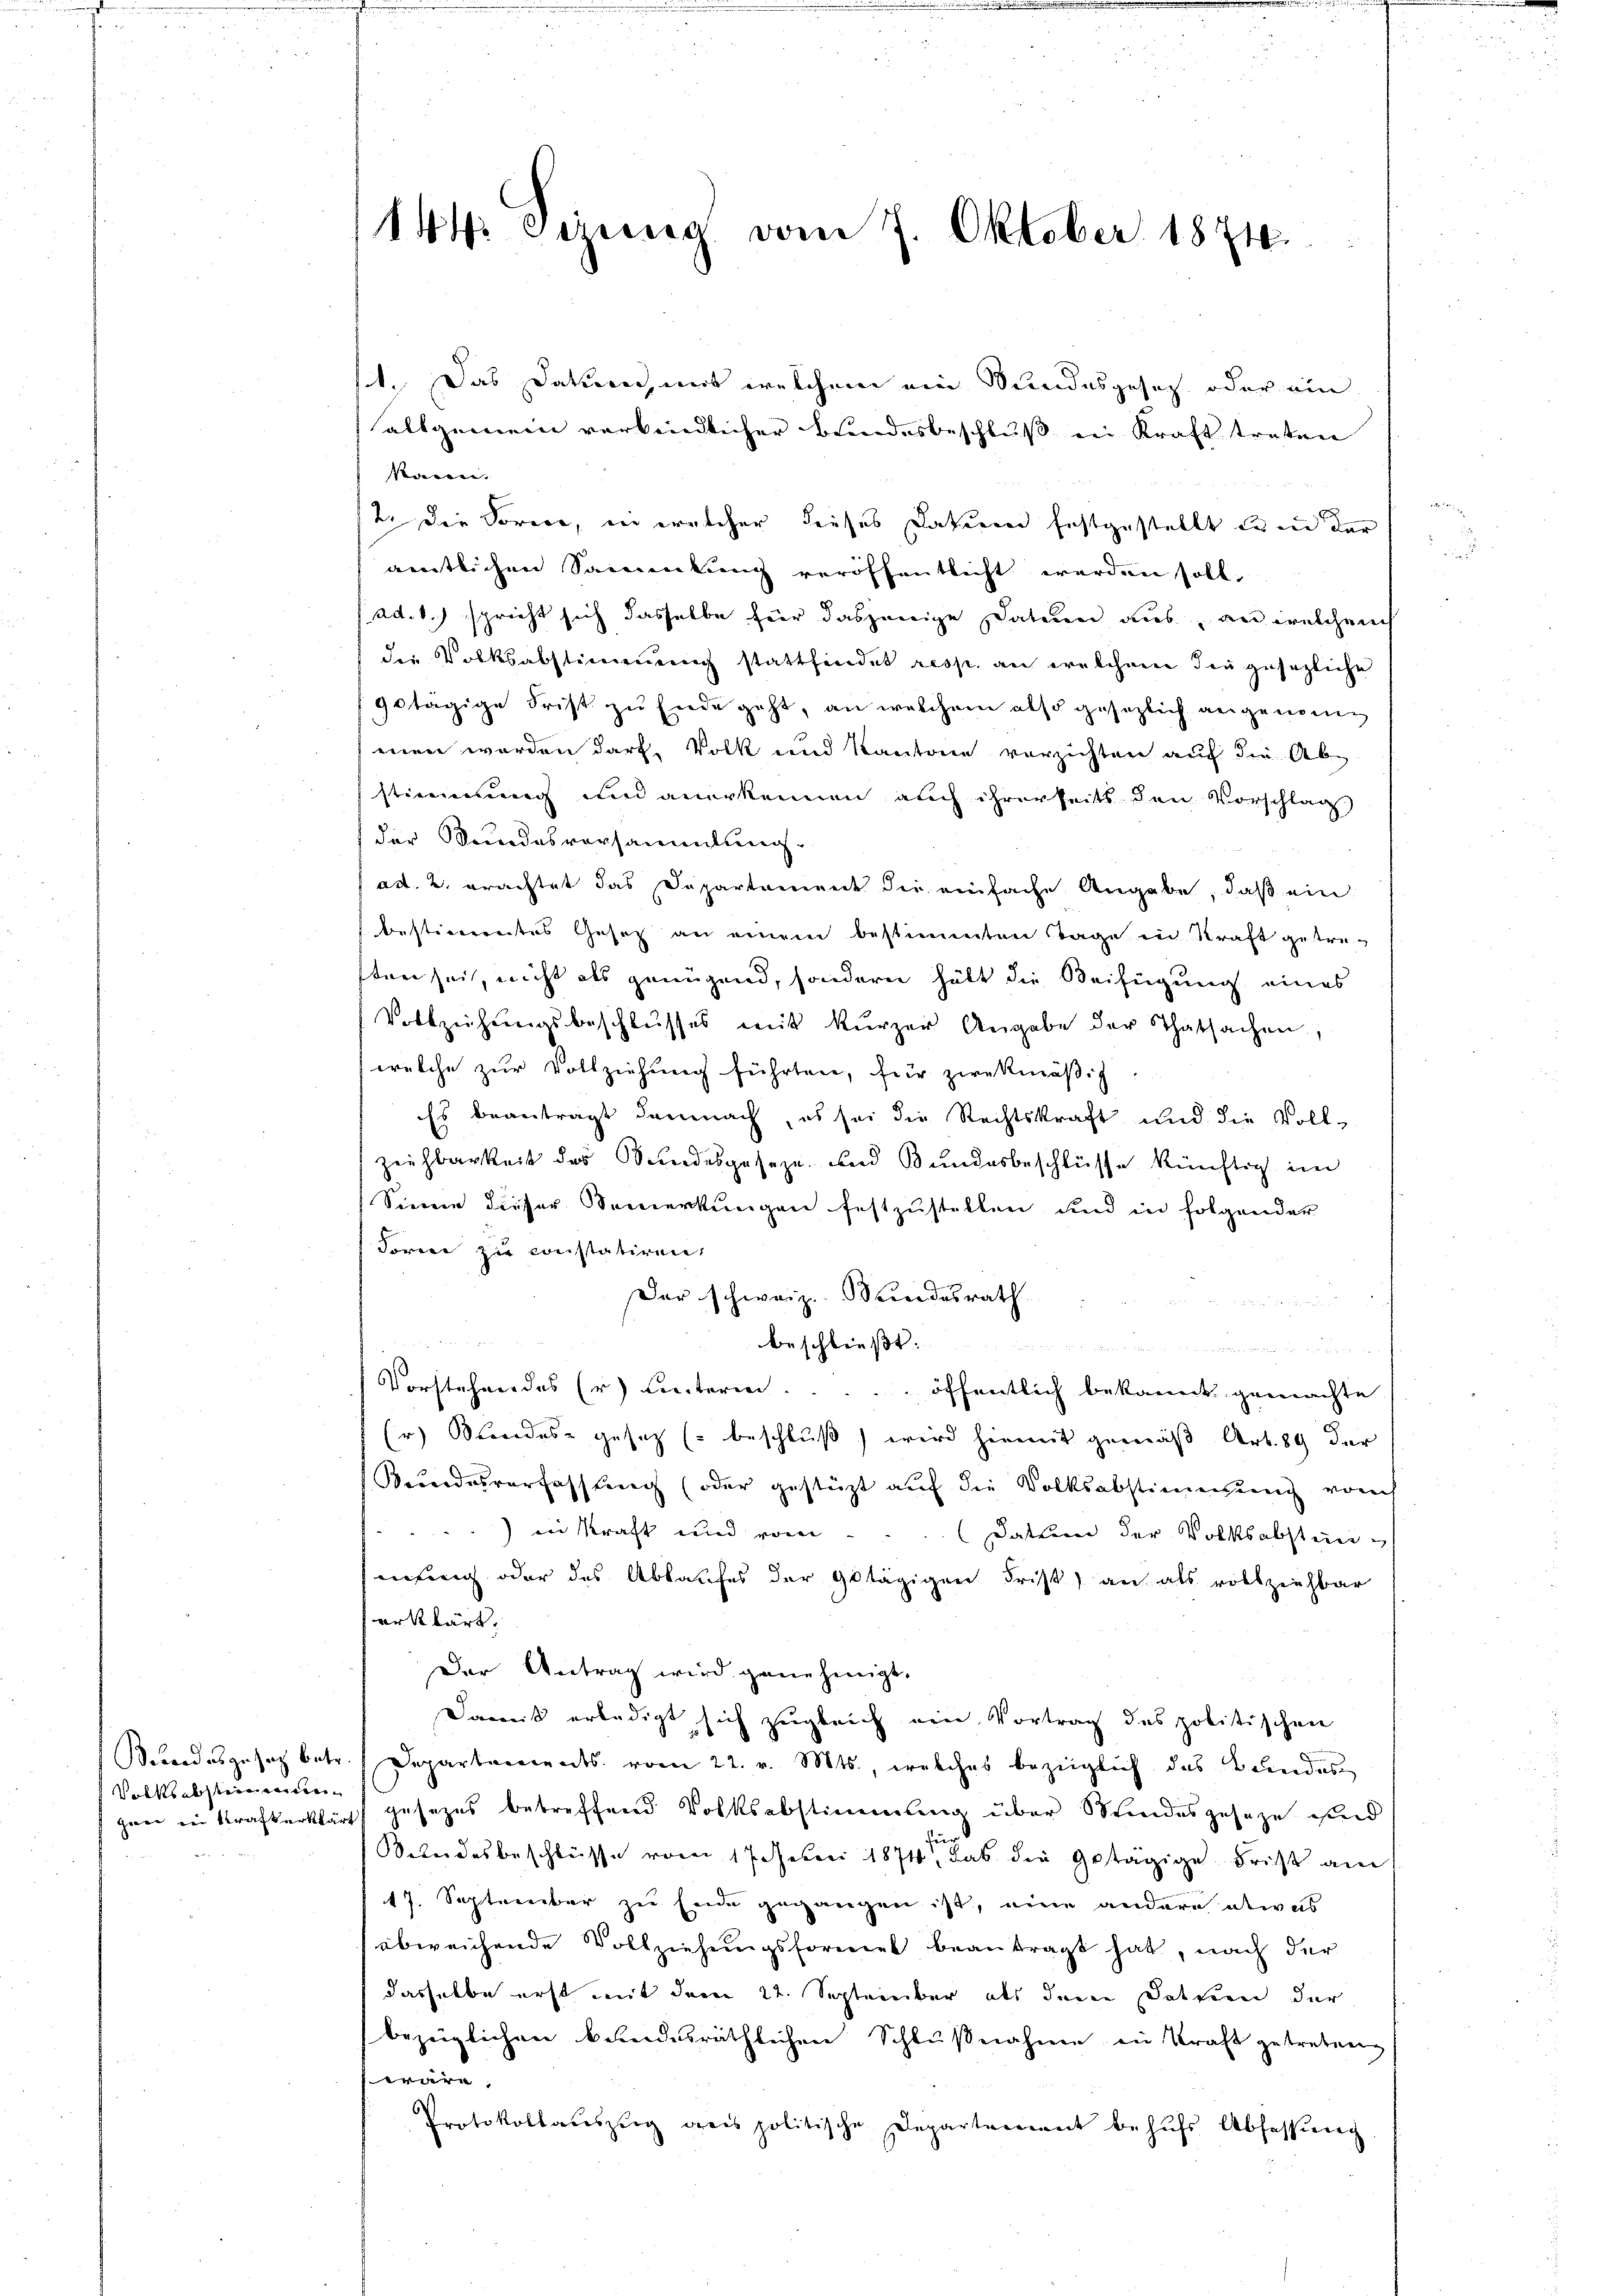
Volksabsteinerun

144. Sizung vom 7. Oktober 1874.

st. Das Datum, und welchem ein Stundesgesetz oder ein
allgemein verbindlicher Bundesbeschluß ein Kraft treten
korenen. |
2. Die Sorie, in welcher dieses Datum festgestellt dann der
ämtlichen Sammenkung veröffentlicht werden soll.
ad. 1. spricht sich dasselbe für dasjenige Datum aus, an welchen
die Volksabstimmung stattfindet resp. an welchem die gesezliche
gotägige Frist zu Ende geht, an welchem also gesezlich angenomsmen werden darf, Volk und Kantone verzichten auf die Ab-
stimmung und anerkennen auch ihrerseits den Vorschlag
der Wundesversammlung.
ad. 2. erachtet das Departement die einfache Angabe, daß ein
bestimmtes Gesetz an einem bestimmten Tage in Kraft getre-
sten sei, nicht als genügend, sondern hält die Beifügung eines
Vollziehŭngsbeschlŭsses mit kŭrzer Angabe der Thatsachen,
welche zur Vollziehung führten, für zwekmäßig
Es beantragt demnach, es sei die Rechtskraft und die Vollzeihbarkeit des Bundesgeseze und Bundesbeschlüsse künftig im
Siene Liesser Bemerkŭngen festzŭstellen und in folgender
Forme zu constatiren
Der schweiz. Bundesrath
beschließt:
a
n
Vorstehen des Er Lectorien.
öffentlich bekannt gemachte
Er) Beides gesetz beschluß) wird hiemit gemäß Art. 89 der
Kundesverfassung (oder gestützt auf die Volksabstimmung vorh
) in Kraft und von  ..  Datten der Volksabstein
neherig oder das Ablaufes der Gotägigen Frist an als vollziehbar
erklärt.
Der Antrag wird genehmigt.
Damit erledigt sich zugleich ein Vortrag des politischen
Sŭndesgesetz betr. Departements. vom 22. v. Mts., welches bezüglich das Bundes
gen in Krafterklärt gesezes betreffend Volksabstimmung über Wundesgeseze und
Bundesbeschlüsse vom 17. Feber 1874 das die getägige Frist am
17. September zu Ende gegangen ist, eine andere etwas
abweichende Vollziehŭngsformel beantragt hat, nach der
dasselbe erst mit dem 22. September als dem Datien der
bezüglichen bundesräthlichen Schlußnahme in Kraft getreten,
wäre,
Protokollaŭszŭg des politische Departement behŭfs Abfassŭng.